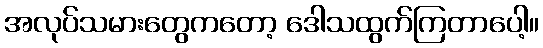
အလုပ်သမားတွေကတော့ ဒေါသထွက်ကြတာပေါ့။